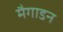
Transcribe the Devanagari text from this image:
मैगाडन